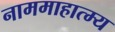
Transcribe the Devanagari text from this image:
नाममाहात्म्य